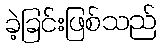
ခဲ့ခြင်းဖြစ်သည်